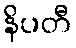
နိပတီ